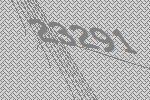
23291